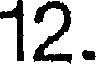
12.